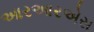
આરઆરએસ